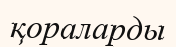
қораларды